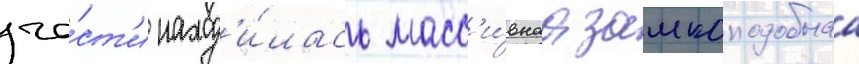
ча́ст'и наход'и́лась масс'и́внаа замкоподобнаа